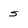
Character: s